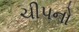
ચીપનો